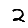
Digit: 2